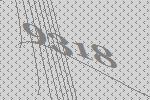
9318